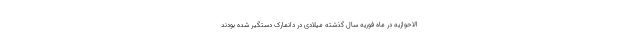
الاحوازیه در ماه فوریه سال گذشته میلادی در دانمارک دستگیر شده بودند